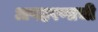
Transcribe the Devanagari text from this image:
अपहरणाची